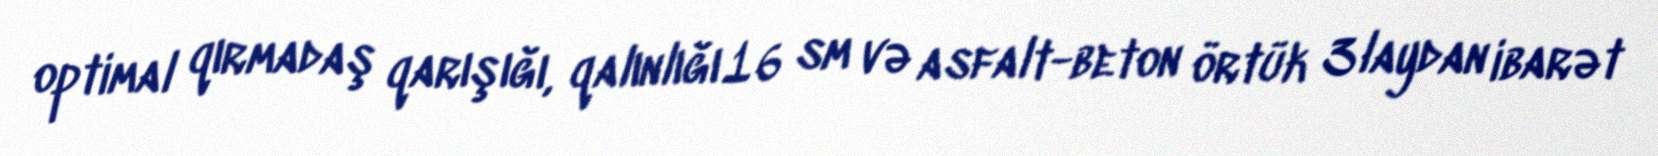
optimal qırmadaş qarışığı, qalınlığı 16 sm və asfalt-beton örtük 3 laydan ibarət